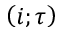
\left( i ; \tau \right)